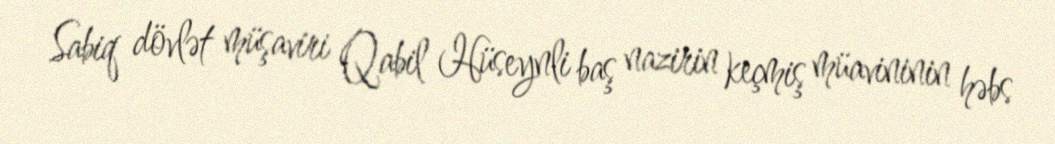
Sabiq dövlət müşaviri Qabil Hüseynli baş nazirin keçmiş müavininin həbs